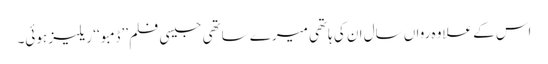
اس کے علاوہ رواں سال ان کی ہاتھی میرے ساتھی جیسی فلم ’’ڈمبو ‘‘ ریلیز ہوئی۔